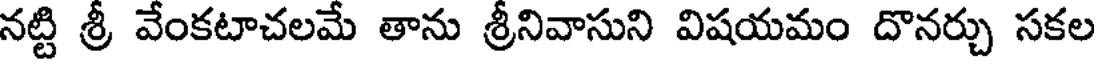
నట్టి శ్రీ వేంకటాచలమే తాను శ్రీనివాసుని విషయమం దొనర్చు సకల